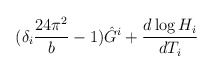
\begin{align*}(\delta_i\frac{24\pi^2}{b}-1)\hat{G}^i+\frac{d\log H_i}{dT_i}\end{align*}